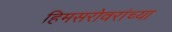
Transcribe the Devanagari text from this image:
हिमसरोवरांच्या